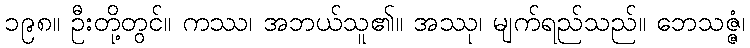
၁၉၈။ ဦးတို့တွင်။ ကဿ၊ အဘယ်သူ၏။ အဿု၊ မျက်ရည်သည်။ ဘေသဇ္ဇံ၊